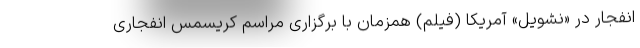
انفجار در «نشویل» آمریکا (فیلم) همزمان با برگزاری مراسم کریسمس انفجاری